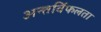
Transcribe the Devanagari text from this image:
अन्तर्विफलता